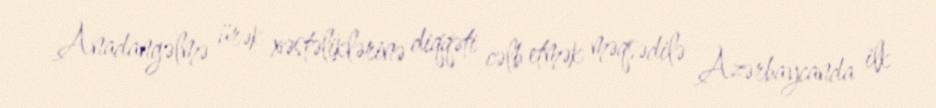
Anadangəlmə ürək xəstəliklərinə diqqəti cəlb etmək məqsədilə Azərbaycanda ilk